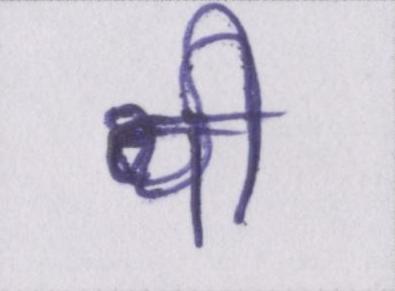
थी